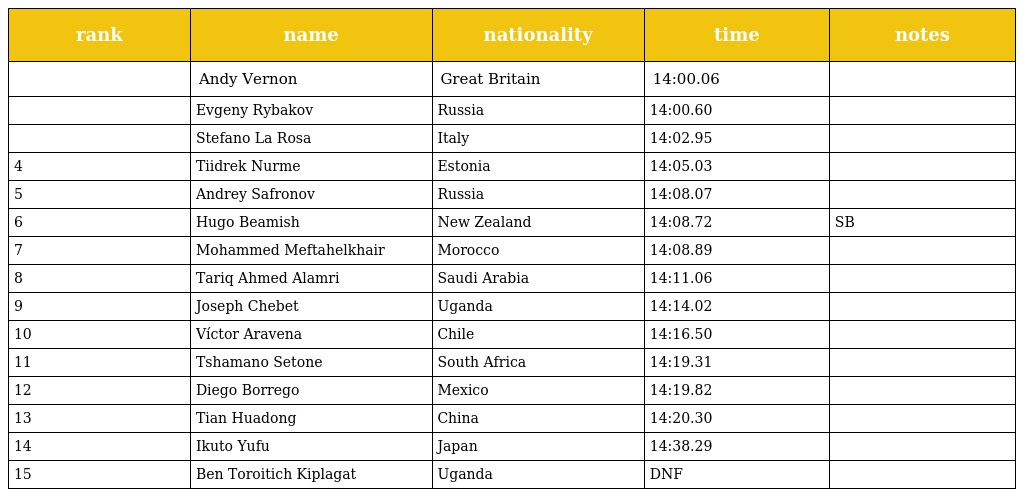
| rank | name | nationality | time | notes |
 | --- | --- | --- | --- | --- |
 |  | Andy Vernon | Great Britain | 14:00.06 |  |
 |  | Evgeny Rybakov | Russia | 14:00.60 |  |
 |  | Stefano La Rosa | Italy | 14:02.95 |  |
 | 4 | Tiidrek Nurme | Estonia | 14:05.03 |  |
 | 5 | Andrey Safronov | Russia | 14:08.07 |  |
 | 6 | Hugo Beamish | New Zealand | 14:08.72 | SB |
 | 7 | Mohammed Meftahelkhair | Morocco | 14:08.89 |  |
 | 8 | Tariq Ahmed Alamri | Saudi Arabia | 14:11.06 |  |
 | 9 | Joseph Chebet | Uganda | 14:14.02 |  |
 | 10 | Víctor Aravena | Chile | 14:16.50 |  |
 | 11 | Tshamano Setone | South Africa | 14:19.31 |  |
 | 12 | Diego Borrego | Mexico | 14:19.82 |  |
 | 13 | Tian Huadong | China | 14:20.30 |  |
 | 14 | Ikuto Yufu | Japan | 14:38.29 |  |
 | 15 | Ben Toroitich Kiplagat | Uganda | DNF |  |